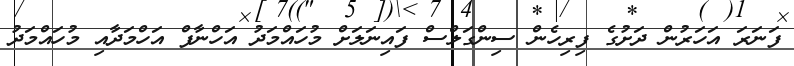
ފަނަރަ އަހަރުން ދަށުގެ ފިރިހެން ސިންގަލްސް ފައިނަލަށް މުހައްމަދު އަހްނާފް އަހްމަދާއި މުހައްމަދު